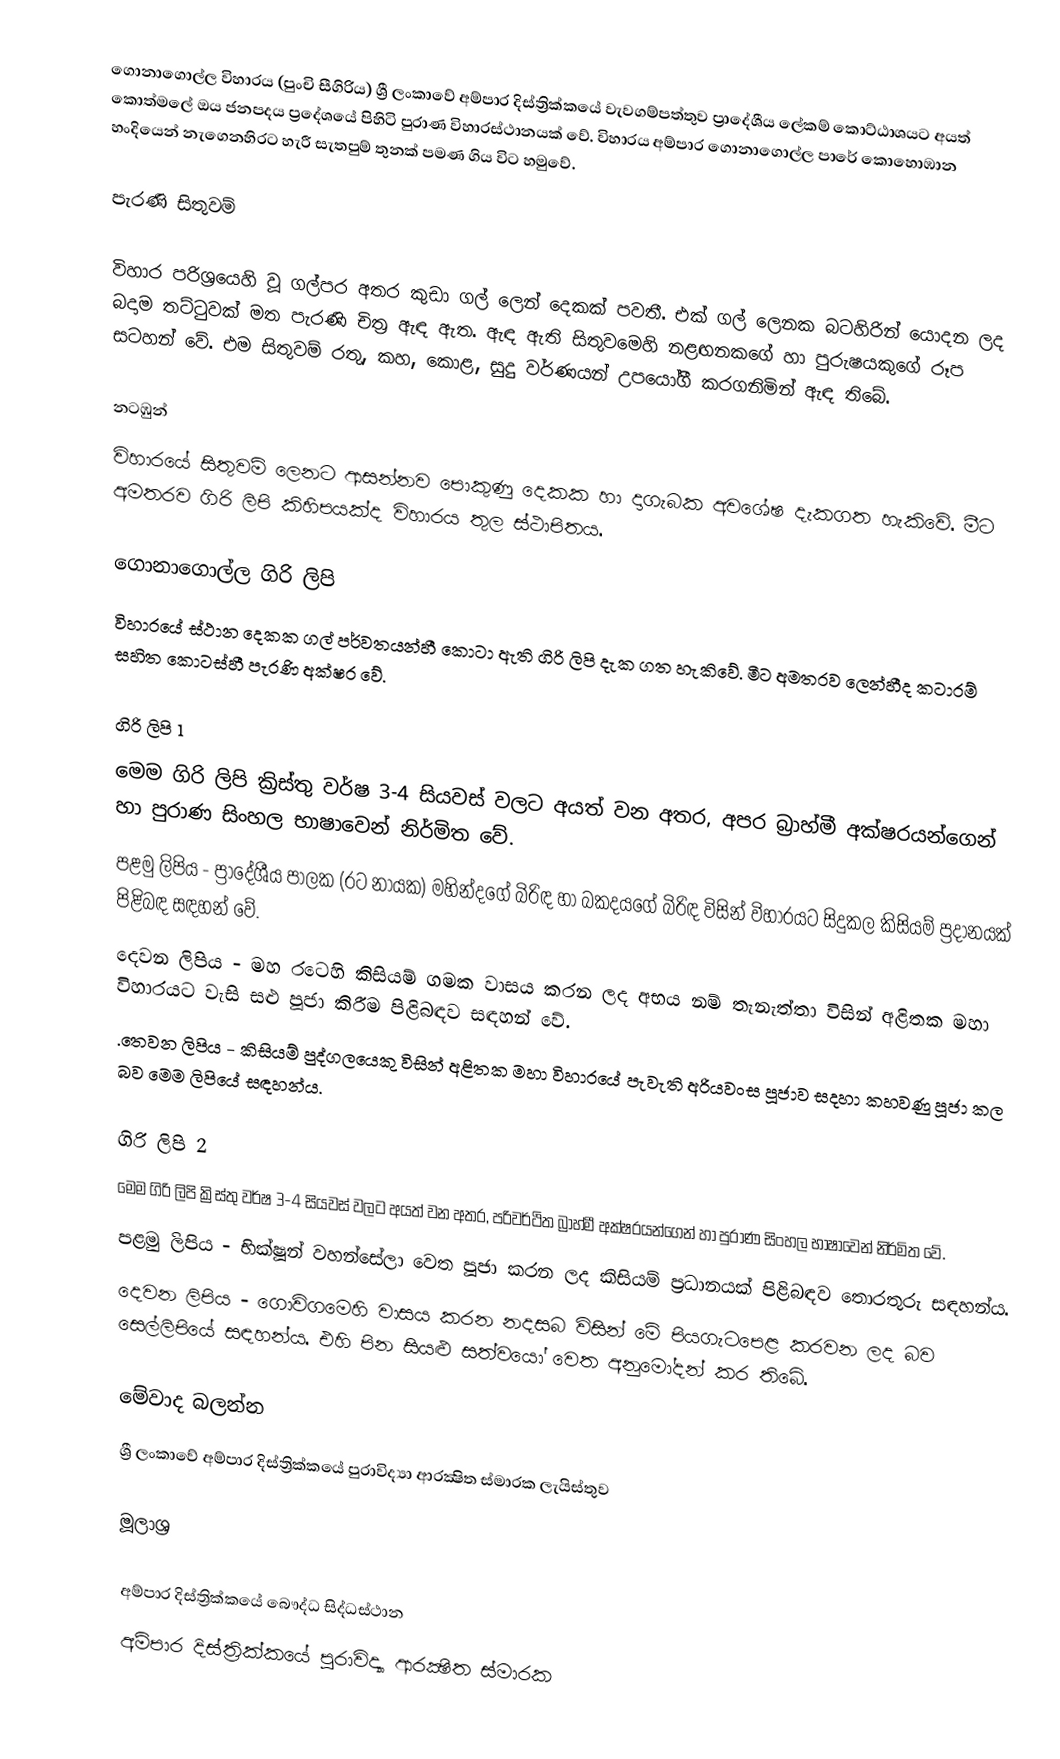
ගොනාගොල්ල විහාරය (පුංචි සීගිරිය) ශ්‍රී ලංකාවේ අම්පාර දිස්ත්‍රික්කයේ වැවගම්පත්තුව ප්‍රාදේශීය ලේකම් කොට්ඨාශයට අයත් කොත්මලේ ඔය ජනපදය ප්‍රදේශයේ පිහිටි පුරාණ විහාරස්ථානයක් වේ.  විහාරය අම්පාර ගොනාගොල්ල පාරේ කොහොඹාන හංදියෙන් නැගෙනහිරට හැරී සැතපුම් තුනක් පමණ ගිය විට හමුවේ.

පැරණි සිතුවම්

විහාර පරිශ්‍රයෙහි වූ ගල්පර අතර කුඩා ගල් ලෙන් දෙකක් පවතී. එක් ගල් ලෙනක බටහිරින් යොදන ලද බදාම තට්ටුවක් මත පැරණි චිත්‍ර ඇඳ ඇත. ඇඳ ඇති සිතුවමෙහි නළඟනකගේ හා පුරුෂයකුගේ රූප සටහන් වේ. එම සිතුවම් රතු, කහ, කොළ, සුදු වර්ණයන් උපයෝගී කරගනිමින් ඇඳ තිබේ.

නටඹුන්
විහාරයේ සිතුවම් ලෙනට ආසන්නව පොකුණු දෙකක හා දාගැබක අවශේෂ දැකගත හැකිවේ. මීට අමතරව ගිරි ලිපි කිහිපයක්ද විහාරය තුල ස්ථාපිතය.

ගොනාගොල්ල ගිරි ලිපි
විහාරයේ ස්ථාන දෙකක ගල් පර්වතයන්හී කොටා ඇති ගිරි ලිපි දැක ගත හැකිවේ. මීට අමතරව ලෙන්හීද කටාරම් සහිත කොටස්හී පැරණි අක්ෂර වේ.

ගිරි ලිපි 1
මෙම ගිරි ලිපි ක්‍රිස්තු වර්ෂ 3-4 සියවස් වලට අයත් වන අතර, අපර බ්‍රාහ්මී අක්ෂරයන්ගෙන් හා පුරාණ සිංහල භාෂාවෙන් නිර්මිත වේ.
පළමු ලිපිය - ප්‍රාදේශීය පාලක (රට නායක) මහින්දගේ බිරිඳ හා බකදයගේ බිරිඳ විසින් විහාරයට සිදුකල කිසියම් ප්‍රදානයක් පිළිබඳ සඳහන් වේ.
දෙවන ලිපිය - මහ රටෙහි කිසියම් ගමක වාසය කරන ලද අභය නම් තැනැත්තා විසින් අළිතක මහා විහාරයට වැසි සළු පූජා කිරීම පිළිබඳව සඳහන් වේ.
.තෙවන ලිපිය - කිසියම් පුද්ගලයෙකු විසින් අළිතක මහා විහාරයේ පැවැති අරියවංස පූජාව සදහා කහවණු පූජා කල බව මෙම ලිපියේ සඳහන්ය.

ගිරි ලිපි 2
මෙම ගිරි ලිපි ක්‍රිස්තු වර්ෂ 3-4 සියවස් වලට අයත් වන අතර, පරිවර්ථිත බ්‍රාහ්මී අක්ෂරයන්ගෙන් හා පුරාණ සිංහල භාෂාවෙන් නිර්මිත වේ.
පළමු ලිපිය - භික්ෂූන් වහන්සේලා වෙත පූජා කරන ලද කිසියම් ප්‍රධානයක් පිළිබඳව තොරතුරු සඳහන්ය.
දෙවන ලිපිය - ගොවිගමෙහි වාසය කරන නදසබ විසින් මේ පියගැටපෙළ කරවන ලද බව සෙල්ලිපියේ සඳහන්ය. එහි පින සියළු සත්වයෝ වෙත අනුමෝදන් කර තිබේ.

මේවාද බලන්න
ශ්‍රී ලංකාවේ අම්පාර දිස්ත්‍රික්කයේ පුරාවිද්‍යා ආරක්‍ෂිත ස්මාරක ලැයිස්තුව

මූලාශ්‍ර

අම්පාර දිස්ත්‍රික්කයේ බෞද්ධ සිද්ධස්ථාන
අම්පාර දිස්ත්‍රික්කයේ පුරාවිද්‍යා ආරක්‍ෂිත ස්මාරක‎